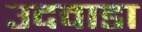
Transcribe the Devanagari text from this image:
उदवाडा